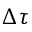
\Delta \tau